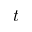
t